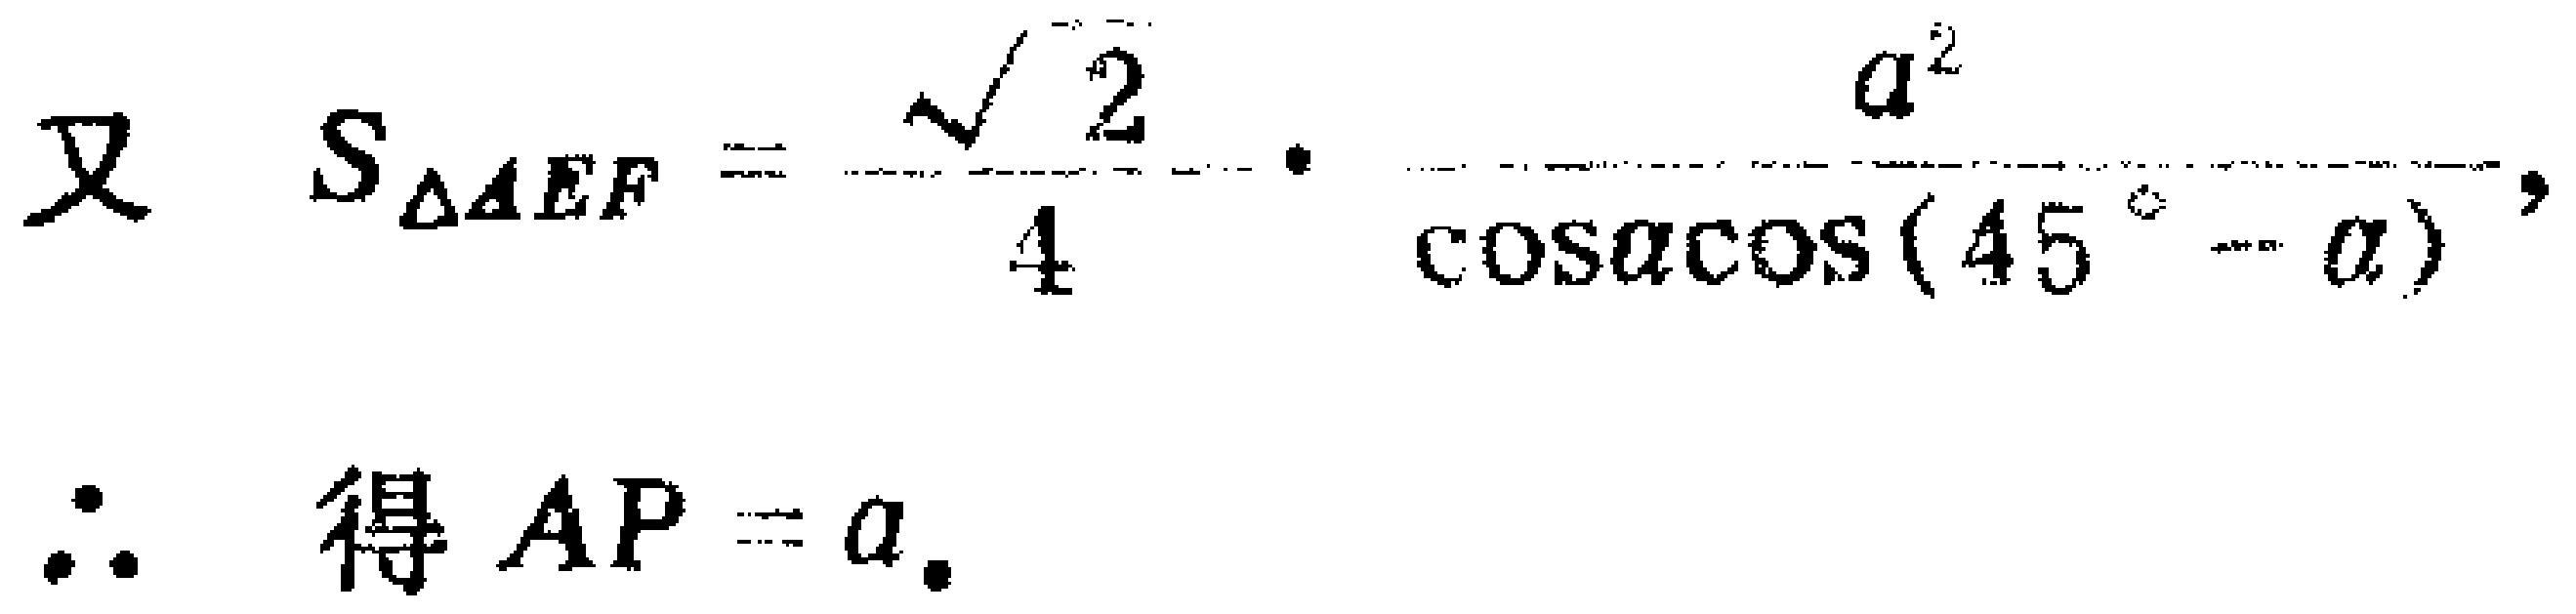
\[

\text{又}\quad S_{\triangle AEF}=\frac{\sqrt{2}}{4}\cdot\frac{a^{2}}{\cos\alpha\cos(45^{\circ}-\alpha)},

\]

\[

\therefore\quad \text{得 }AP = a.

\]